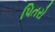
પિતરો